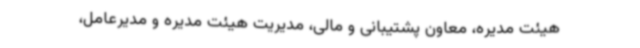
هیئت مدیره، معاون پشتیبانی و مالی، مدیریت هیئت مدیره و مدیرعامل،